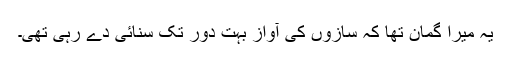
یہ میرا گمان تھا کہ سازوں کی آواز بہت دور تک سنائی دے رہی تھی۔